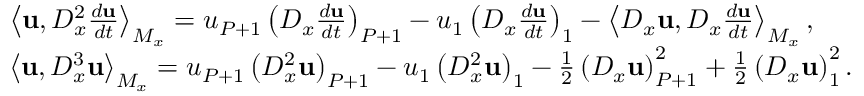
\begin{array} { r l } & { \left\langle \mathbf { u } , D _ { x } ^ { 2 } \frac { d \mathbf { u } } { d t } \right\rangle _ { M _ { x } } = u _ { P + 1 } \left( D _ { x } \frac { d \mathbf { u } } { d t } \right) _ { P + 1 } - u _ { 1 } \left( D _ { x } \frac { d \mathbf { u } } { d t } \right) _ { 1 } - \left\langle D _ { x } \mathbf { u } , D _ { x } \frac { d \mathbf { u } } { d t } \right\rangle _ { M _ { x } } , } \\ & { \left\langle \mathbf { u } , D _ { x } ^ { 3 } \mathbf { u } \right\rangle _ { M _ { x } } = u _ { P + 1 } \left( D _ { x } ^ { 2 } \mathbf { u } \right) _ { P + 1 } - u _ { 1 } \left( D _ { x } ^ { 2 } \mathbf { u } \right) _ { 1 } - \frac { 1 } { 2 } \left( D _ { x } \mathbf { u } \right) _ { P + 1 } ^ { 2 } + \frac { 1 } { 2 } \left( D _ { x } \mathbf { u } \right) _ { 1 } ^ { 2 } . } \end{array}